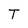
Character: T